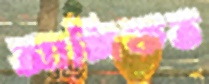
আঙ্গিকত